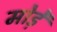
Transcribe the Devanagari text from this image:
मोडे़ं